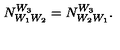
N _ { W _ { 1 } W _ { 2 } } ^ { W _ { 3 } } = N _ { W _ { 2 } W _ { 1 } } ^ { W _ { 3 } } .